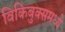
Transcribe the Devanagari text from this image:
विकिबुक्समध्ये